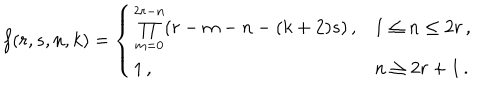
LaTeX: f ( r , s , n , k ) = \left\{ \begin{array} { l l } { { \prod _ { m = 0 } ^ { 2 r - n } ( r - m - n - ( k + 2 ) s ) \, , } } & { { 1 \leq n \leq 2 r \, , } } \\ { { 1 \, , } } & { { n \geq 2 r + 1 \, . } } \\ \end{array} \right.